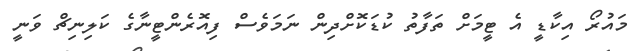
މައުރޯ އިކާޑީ އެ ޓީމަށް ތަފާތު ކުޑަކޮށްދިން ނަމަވެސް ފިއޮރެންޓީނާގެ ކަލިނިޗް ވަނީ